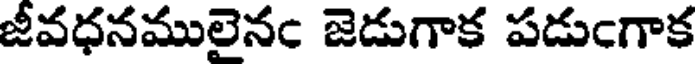
జీవధనములైనం జెడుగాక పడుంగాక